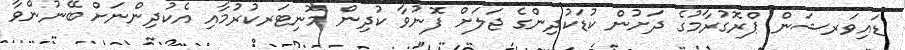
ޑައިވަރޝަން ޕްރޮގުރާމުގެ ދަށުން ކުޑަކުދިންގެ ޖަލަށް ފޮނުވާ ކުދިން މޮނިޓަރކުރުމާއި އެކުދިންނަށް ބޭނުންވާ